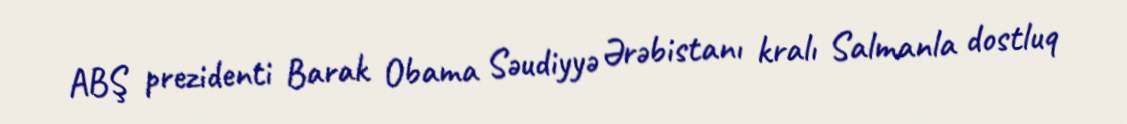
ABŞ prezidenti Barak Obama Səudiyyə Ərəbistanı kralı Salmanla dostluq